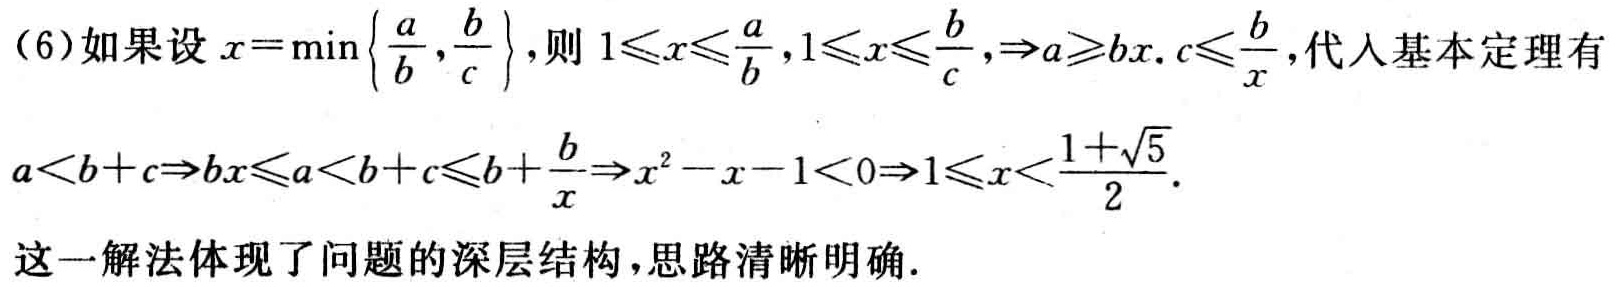
(6)如果设 \(x = \min\left\{\frac{a}{b},\frac{b}{c}\right\}\)，则 \(1\leqslant x\leqslant\frac{a}{b},1\leqslant x\leqslant\frac{b}{c},\Rightarrow a\geqslant bx. c\leqslant\frac{b}{x}\)，代入基本定理有

\(a < b + c\Rightarrow bx\leqslant a < b + c\leqslant b+\frac{b}{x}\Rightarrow x^{2}-x - 1<0\Rightarrow1\leqslant x<\frac{1 + \sqrt{5}}{2}\)．

这一解法体现了问题的深层结构，思路清晰明确．